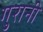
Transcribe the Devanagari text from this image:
गुरानी